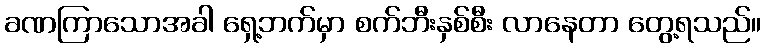
ခဏကြာသောအခါ ရှေ့ဘက်မှာ စက်ဘီးနှစ်စီး လာနေတာ တွေ့ရသည်။